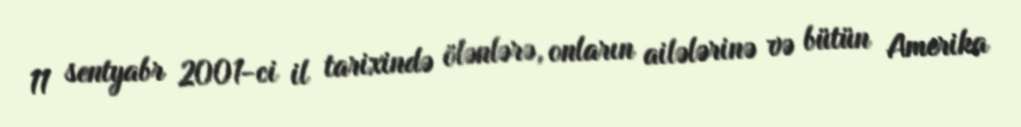
11 sentyabr 2001-ci il tarixində ölənlərə, onların ailələrinə və bütün Amerika